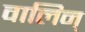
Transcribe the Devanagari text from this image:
वालिन्